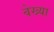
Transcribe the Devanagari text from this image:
वेख्या